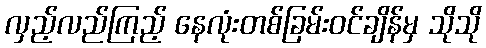
လှည့်လည်ကြည့် နေလုံးတစ်ခြမ်းဝင်ချိန်မှ သိုသို